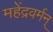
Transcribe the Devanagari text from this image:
महेंद्रवर्मन्‌